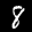
Digit: 8